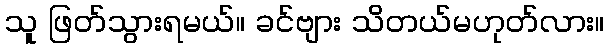
သူ ဖြတ်သွားရမယ်။ ခင်ဗျား သိတယ်မဟုတ်လား။